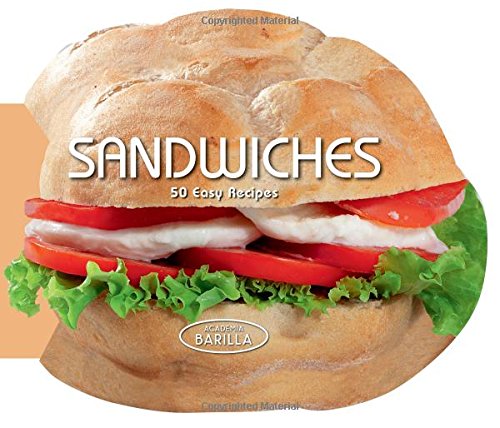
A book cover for Sandwiches: 50 Easy Recipes; Academia Barilla; Cookbooks, Food & Wine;